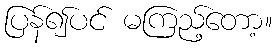
ပြန်၍ပင် မကြည့်တော့။